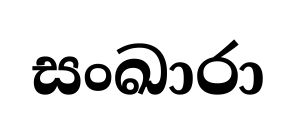
සංඛාරා